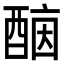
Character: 𨡤